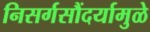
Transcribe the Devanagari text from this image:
निसर्गसौंदर्यामुळे